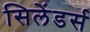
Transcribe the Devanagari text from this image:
सिलेंडर्स